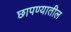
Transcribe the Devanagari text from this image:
छापण्यातील